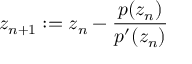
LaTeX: z _ { n + 1 } : = z _ { n } - { \frac { p ( z _ { n } ) } { p ^ { \prime } ( z _ { n } ) } }